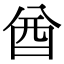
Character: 酋